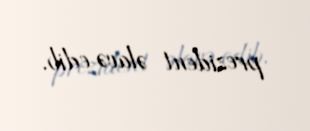
prezident əlavə edib.